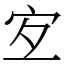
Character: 宐